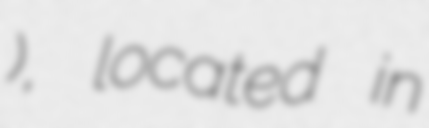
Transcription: کالج), located in